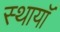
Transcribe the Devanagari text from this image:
स्थायॉ